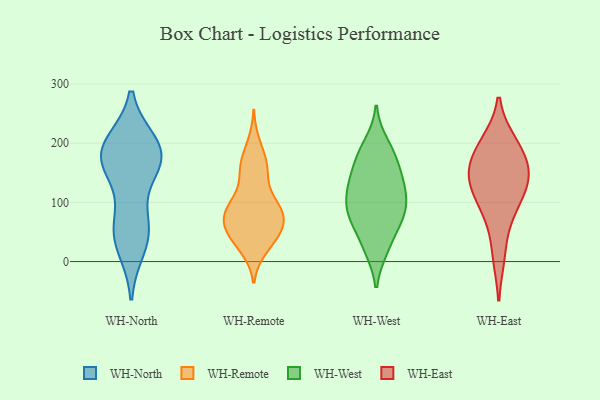
{"axis": {"x": "Population (Million)", "y": "Value"}, "legend": ["WH-East", "WH-North", "WH-Remote", "WH-West"], "data": [{"x": "", "y": 174, "type": "WH-North"}, {"x": "", "y": 62, "type": "WH-North"}, {"x": "", "y": 183, "type": "WH-North"}, {"x": "", "y": 25, "type": "WH-North"}, {"x": "", "y": 161, "type": "WH-North"}, {"x": "", "y": 60, "type": "WH-North"}, {"x": "", "y": 162, "type": "WH-North"}, {"x": "", "y": 183, "type": "WH-North"}, {"x": "", "y": 195, "type": "WH-North"}, {"x": "", "y": 45, "type": "WH-North"}, {"x": "", "y": 198, "type": "WH-North"}, {"x": "", "y": 87, "type": "WH-Remote"}, {"x": "", "y": 33, "type": "WH-Remote"}, {"x": "", "y": 39, "type": "WH-Remote"}, {"x": "", "y": 81, "type": "WH-Remote"}, {"x": "", "y": 57, "type": "WH-Remote"}, {"x": "", "y": 84, "type": "WH-Remote"}, {"x": "", "y": 81, "type": "WH-Remote"}, {"x": "", "y": 165, "type": "WH-Remote"}, {"x": "", "y": 46, "type": "WH-Remote"}, {"x": "", "y": 75, "type": "WH-Remote"}, {"x": "", "y": 24, "type": "WH-Remote"}, {"x": "", "y": 197, "type": "WH-Remote"}, {"x": "", "y": 159, "type": "WH-Remote"}, {"x": "", "y": 46, "type": "WH-Remote"}, {"x": "", "y": 77, "type": "WH-Remote"}, {"x": "", "y": 144, "type": "WH-Remote"}, {"x": "", "y": 161, "type": "WH-Remote"}, {"x": "", "y": 89, "type": "WH-Remote"}, {"x": "", "y": 109, "type": "WH-Remote"}, {"x": "", "y": 110, "type": "WH-West"}, {"x": "", "y": 57, "type": "WH-West"}, {"x": "", "y": 183, "type": "WH-West"}, {"x": "", "y": 131, "type": "WH-West"}, {"x": "", "y": 22, "type": "WH-West"}, {"x": "", "y": 140, "type": "WH-West"}, {"x": "", "y": 199, "type": "WH-West"}, {"x": "", "y": 80, "type": "WH-West"}, {"x": "", "y": 21, "type": "WH-West"}, {"x": "", "y": 176, "type": "WH-West"}, {"x": "", "y": 79, "type": "WH-West"}, {"x": "", "y": 81, "type": "WH-West"}, {"x": "", "y": 125, "type": "WH-West"}, {"x": "", "y": 161, "type": "WH-West"}, {"x": "", "y": 114, "type": "WH-West"}, {"x": "", "y": 80, "type": "WH-West"}, {"x": "", "y": 177, "type": "WH-East"}, {"x": "", "y": 83, "type": "WH-East"}, {"x": "", "y": 139, "type": "WH-East"}, {"x": "", "y": 11, "type": "WH-East"}, {"x": "", "y": 142, "type": "WH-East"}, {"x": "", "y": 200, "type": "WH-East"}, {"x": "", "y": 93, "type": "WH-East"}, {"x": "", "y": 195, "type": "WH-East"}, {"x": "", "y": 134, "type": "WH-East"}, {"x": "", "y": 147, "type": "WH-East"}]}